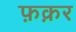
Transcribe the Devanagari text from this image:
फ़क़र